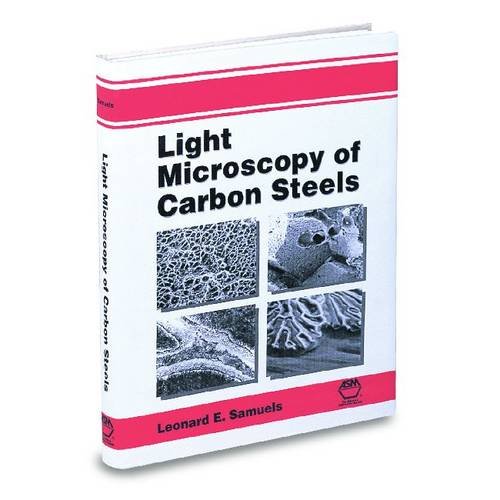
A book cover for Light Microscopy of Carbon Steels (#06656G); Leonard E. Samuels; Science & Math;